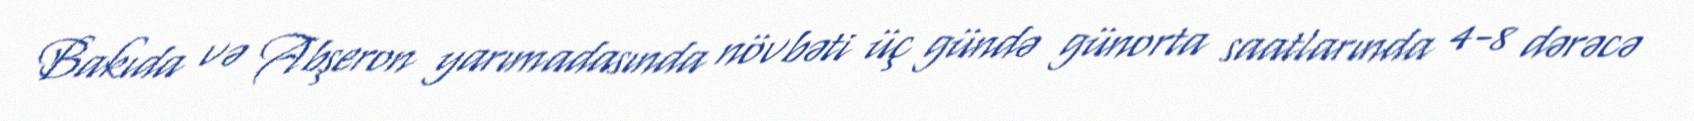
Bakıda və Abşeron yarımadasında növbəti üç gündə günorta saatlarında 4-8 dərəcə